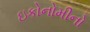
ઇકોનોમીનો